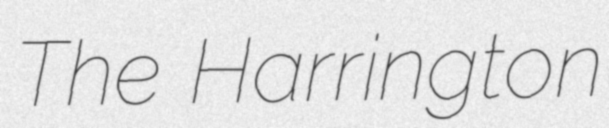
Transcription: The Harrington